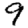
Digit: 9